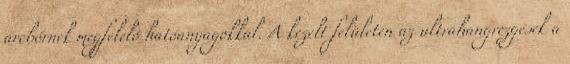
arcbőrnek megfelelő hatóanyagokkal. A kezelt felületen az ultrahangrezgések a